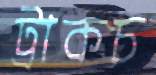
ট্রাকচ